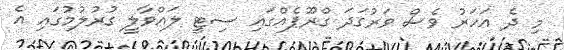
މި ދެ އަހަރު ވެސް ވަރުގަދަ ގްރޫޕެއްގައި ސިޓީ ލައްވާލީ ގުރުލުމުގައި އެ